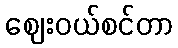
ဈေးဝယ်စင်တာ